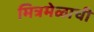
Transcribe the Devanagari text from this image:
मित्रमेळाची